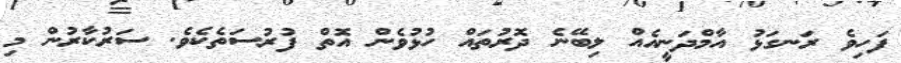
ފަހިވެ ރަނގަޅު އާމްދަނީއެއް ލިބޭނެ ދޮރުތައް ހުޅުވެން އޮތް ފުރުސަތެކެވެ. ސަރުކާރުން މި